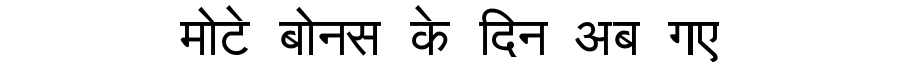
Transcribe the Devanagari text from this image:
मोटे बोनस के दिन अब गए